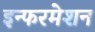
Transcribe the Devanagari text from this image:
इन्फरमेशन